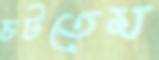
চটতেম